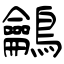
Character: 鸙